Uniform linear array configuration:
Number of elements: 64
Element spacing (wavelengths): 0.25
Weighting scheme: blackman
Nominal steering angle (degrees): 30
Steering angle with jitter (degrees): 29.901
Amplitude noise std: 0.05
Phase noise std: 0.05

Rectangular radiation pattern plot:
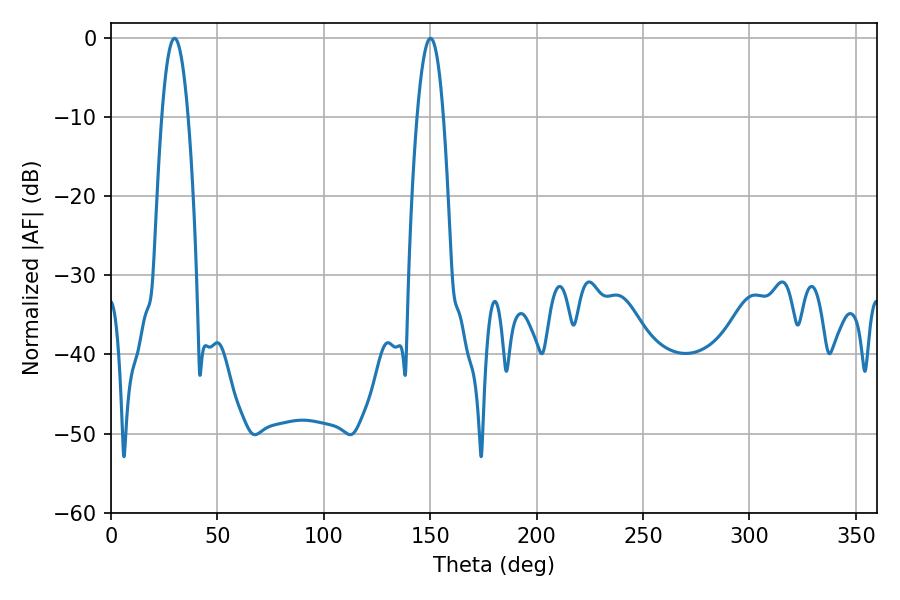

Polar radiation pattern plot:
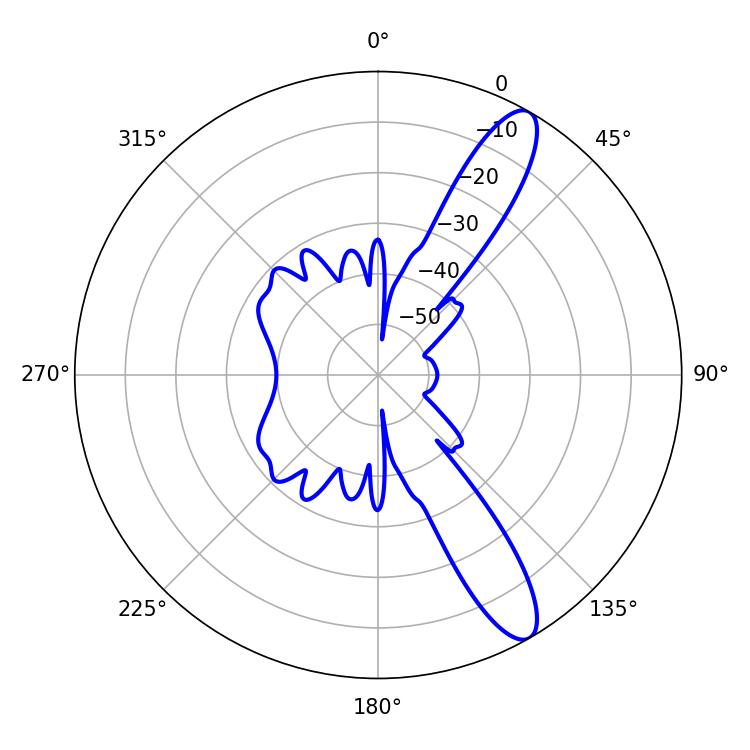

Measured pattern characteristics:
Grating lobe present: FALSE
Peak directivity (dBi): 11.972
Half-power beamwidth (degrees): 6.84
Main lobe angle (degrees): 29.88